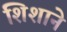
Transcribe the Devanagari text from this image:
शिशाने